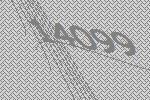
14099